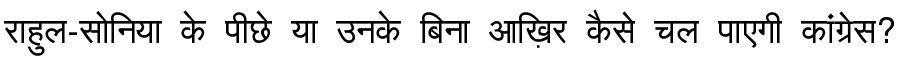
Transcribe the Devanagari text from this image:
राहुल-सोनिया के पीछे या उनके बिना आख़िर कैसे चल पाएगी कांग्रेस?